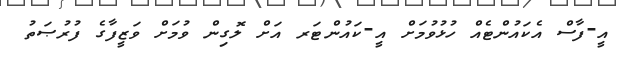
އީ-ފާސް އެކައުންޓެއް ހުޅުވުމަށް އީ-ކައުންޓަރ އަށް ލޮގިން ވުމަށް ވަޒީފާގެ ފުރުޞަތު